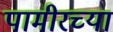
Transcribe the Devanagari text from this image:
पामीरच्या